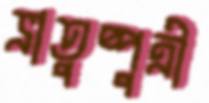
ভ্রাতুষ্পুত্রী